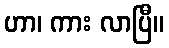
ဟာ၊ ကား လာပြီ။